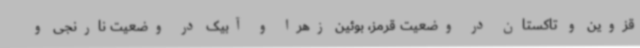
قزوین و تاکستان در وضعیت قرمز، بوئین زهرا و آبیک در وضعیت نارنجی و